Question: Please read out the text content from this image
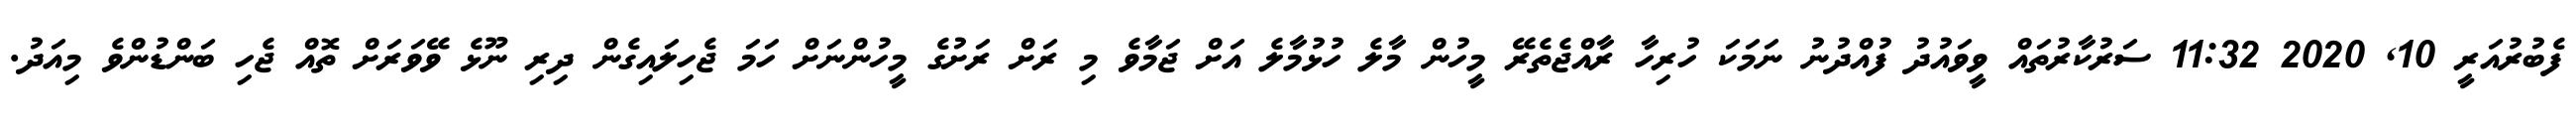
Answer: ފެބުރުއަރީ 10, 2020 11:32 ސަރުކާރުތައް ވީވައުދު ފުއްދުނު ނަމަކަ ހުރިހާ ރާއްޖެތެރޭ މީހުން މާލެ ހުޅުމާލެ އަށް ޖަމާވެ މި ރަށް ރަށުގެ މީހުންނަށް ހަމަ ޖެހިލައިގެން ދިރި ނޫޅެ ވޭވަރަށް ތޮއް ޖެހި ބަންޑުންވެ މިއަދު.